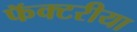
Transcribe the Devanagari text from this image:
फॅक्टरीया